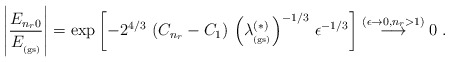
\begin{align*}\left|\frac{E_{n_{r} 0 } }{E_{_{\rm (gs)}} }\right|=\exp \left[-2^{4/3}\, \left( C_{n_{r}} - C_{1} \right)\,\left(\lambda^{(\ast)}_{_{\rm (gs)}} \right)^{-1/3}\,\epsilon^{-1/3}\right] \stackrel{(\epsilon \rightarrow 0, n_{r} >1 )}{\longrightarrow}0\; .\end{align*}